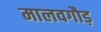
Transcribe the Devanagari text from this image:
मालवगौड़